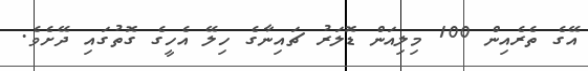
އޭގެ ތެރެއިން 100 މިލިއަން ޑޮލަރު ޗައިނާގެ ހިލޭ އެހީގެ ގޮތުގައި ދޭށެވެ.